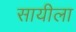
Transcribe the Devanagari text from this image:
सायीला